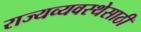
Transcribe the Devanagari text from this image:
राज्यव्यवस्थेसाठी